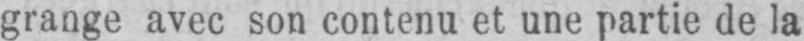
grange avec son contenu et une partie de la